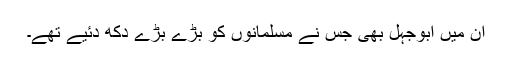
ان میں ابوجہل بھی جس نے مسلمانوں کو بڑے بڑے دکھ دئیے تھے۔